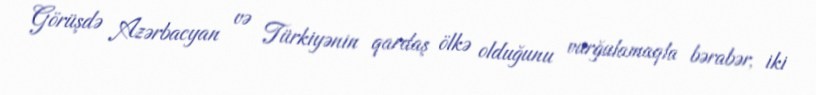
Görüşdə Azərbacyan və Türkiyənin qardaş ölkə olduğunu vurğulamaqla bərabər, iki